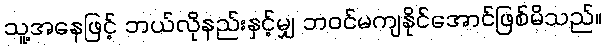
သူ့အနေဖြင့် ဘယ်လိုနည်းနှင့်မျှ ဘဝင်မကျနိုင်အောင်ဖြစ်မိသည်။